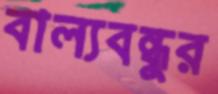
বাল্যবন্ধুর